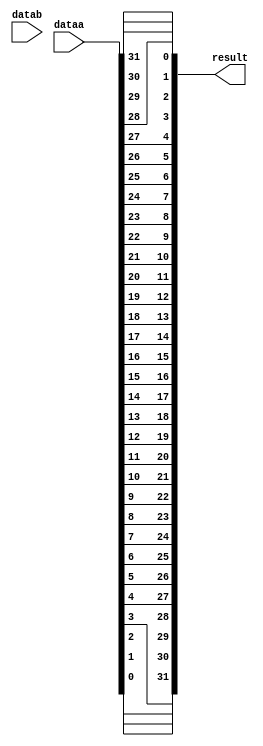
// This program was cloned from: https://github.com/myriadrf/LimeSDR-USB_GW
// License: Apache License 2.0

// (C) 2001-2016 Altera Corporation. All rights reserved.
// Your use of Altera Corporation's design tools, logic functions and other 
// software and tools, and its AMPP partner logic functions, and any output 
// files any of the foregoing (including device programming or simulation 
// files), and any associated documentation or information are expressly subject 
// to the terms and conditions of the Altera Program License Subscription 
// Agreement, Altera MegaCore Function License Agreement, or other applicable 
// license agreement, including, without limitation, that your use is for the 
// sole purpose of programming logic devices manufactured by Altera and sold by 
// Altera or its authorized distributors.  Please refer to the applicable 
// agreement for further details.


//Legal Notice: (C)2010 Altera Corporation. All rights reserved.  Your
//use of Altera Corporation's design tools, logic functions and other
//software and tools, and its AMPP partner logic functions, and any
//output files any of the foregoing (including device programming or
//simulation files), and any associated documentation or information are
//expressly subject to the terms and conditions of the Altera Program
//License Subscription Agreement or other applicable license agreement,
//including, without limitation, that your use is for the sole purpose
//of programming logic devices manufactured by Altera and sold by Altera
//or its authorized distributors.  Please refer to the applicable
//agreement for further details.

// synthesis translate_off
`timescale 1ns / 1ps
// synthesis translate_on

// turn off superfluous verilog processor warnings 
// altera message_level Level1 
// altera message_off 10034 10035 10036 10037 10230 10240 10030 

module bitswap_qsys (
                      // inputs:
                       dataa,
                       datab,

                      // outputs:
                       result
                    )
;

  output  [ 31: 0] result;
  input   [ 31: 0] dataa;
  input   [ 31: 0] datab;

  wire    [ 31: 0] result;
  //s1, which is an e_custom_instruction_slave
  assign result[31] = dataa[0];
  assign result[30] = dataa[1];
  assign result[29] = dataa[2];
  assign result[28] = dataa[3];
  assign result[27] = dataa[4];
  assign result[26] = dataa[5];
  assign result[25] = dataa[6];
  assign result[24] = dataa[7];
  assign result[23] = dataa[8];
  assign result[22] = dataa[9];
  assign result[21] = dataa[10];
  assign result[20] = dataa[11];
  assign result[19] = dataa[12];
  assign result[18] = dataa[13];
  assign result[17] = dataa[14];
  assign result[16] = dataa[15];
  assign result[15] = dataa[16];
  assign result[14] = dataa[17];
  assign result[13] = dataa[18];
  assign result[12] = dataa[19];
  assign result[11] = dataa[20];
  assign result[10] = dataa[21];
  assign result[9] = dataa[22];
  assign result[8] = dataa[23];
  assign result[7] = dataa[24];
  assign result[6] = dataa[25];
  assign result[5] = dataa[26];
  assign result[4] = dataa[27];
  assign result[3] = dataa[28];
  assign result[2] = dataa[29];
  assign result[1] = dataa[30];
  assign result[0] = dataa[31];

endmodule